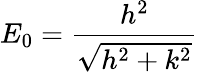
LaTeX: E_{0}=\frac{h^{2}}{\sqrt{h^{2}+k^{2}}}